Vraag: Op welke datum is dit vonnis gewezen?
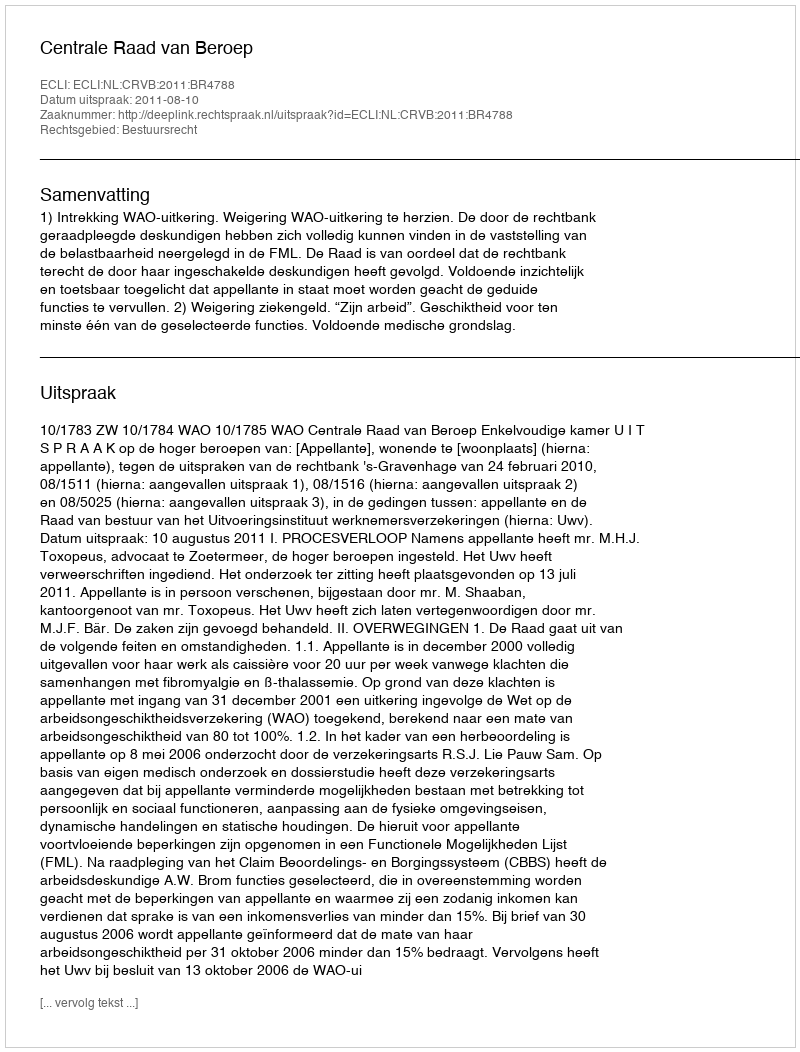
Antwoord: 2011-08-10